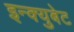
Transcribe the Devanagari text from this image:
इन्क्युबेट